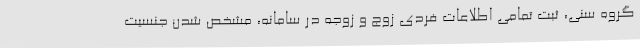
گروه سنی، ثبت تمامی اطلاعات فردی زوج و زوجه در سامانه، مشخص شدن جنسیت